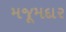
મજૂમદાર